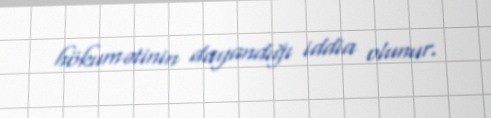
hökumətinin dayandığı iddia olunur.